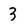
Character: 3